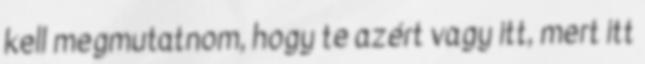
kell megmutatnom, hogy te azért vagy itt, mert itt